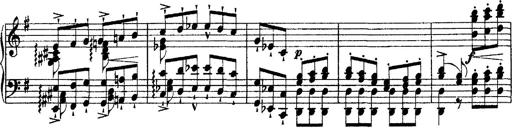
Title: Morceau de Salon
Composer: Josef Adalbert Pacher
Key: D-flat major